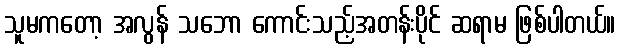
သူမကတော့ အလွန် သဘော ကောင်းသည့်အတန်းပိုင် ဆရာမ ဖြစ်ပါတယ်။